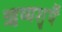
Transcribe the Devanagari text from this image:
ऋष्यशृर्घैं